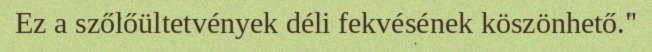
Ez a szőlőültetvények déli fekvésének köszönhető."